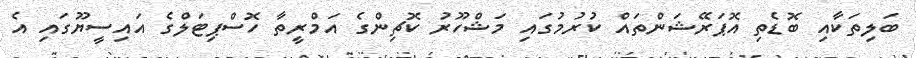
ބަލިތަކާއި ބޮޑެތި އޮޕަރޭޝަންތައް ކުރުމުގައި މަޝްހޫރު ކޮޗިންގެ އަމްރީތާ ހޮސްޕިޓަލްގެ އައިސީޔޫގައި އެ